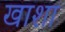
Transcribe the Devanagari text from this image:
खाशा